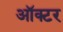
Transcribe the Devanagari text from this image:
ऑक्टर